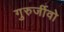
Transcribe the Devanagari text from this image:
गुरुर्जीवो